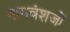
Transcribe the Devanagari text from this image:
नागवंशजों